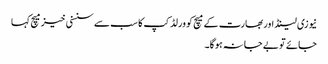
نیوزی لینڈ اور بھارت کے میچ کو ورلڈ کپ کا سب سے سنسنی خیز میچ کہا
جائے تو بے جا نہ ہوگا۔